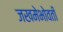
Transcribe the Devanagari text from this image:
जखमेभोवती